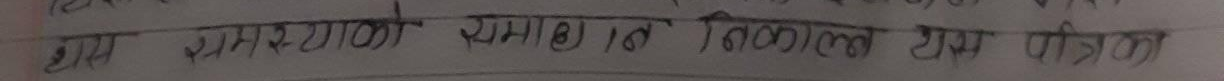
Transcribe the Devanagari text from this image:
धाम अमृतसरको सम्झौता र निकाल एक पत्रिका